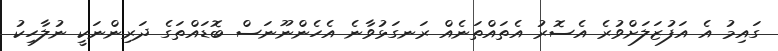
ގައިމު އެ އަފުޒަލަށްވުރެ އެސޮރު އެތައްތަނެއް ރަނގަޅުވާނެ އެހެންނޫނަސް ބޮޑައްތަގެ ދަރިންނަކީ ނުލާހިކު